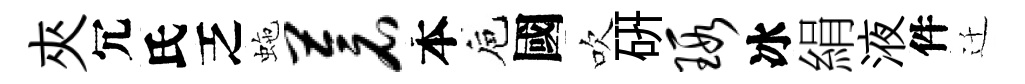
夾冗氏乏虵苍本巵國吹硏瑕冰絹液件迁